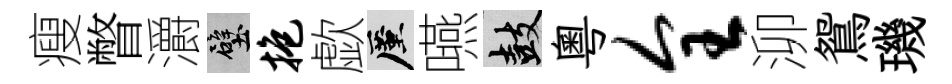
瘦瞥灂壁抱歔厪嚥鼓粵全泖鴛璣